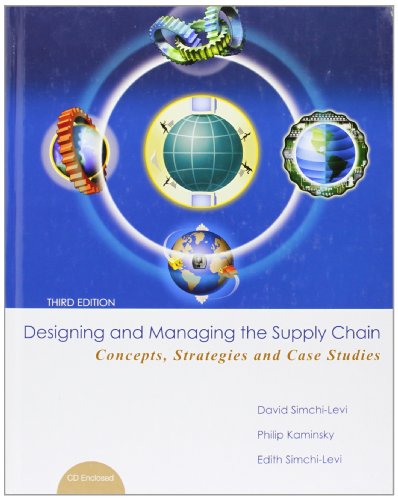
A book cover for Designing and Managing the Supply Chain 3e with Student CD; David Simchi-Levi; Computers & Technology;